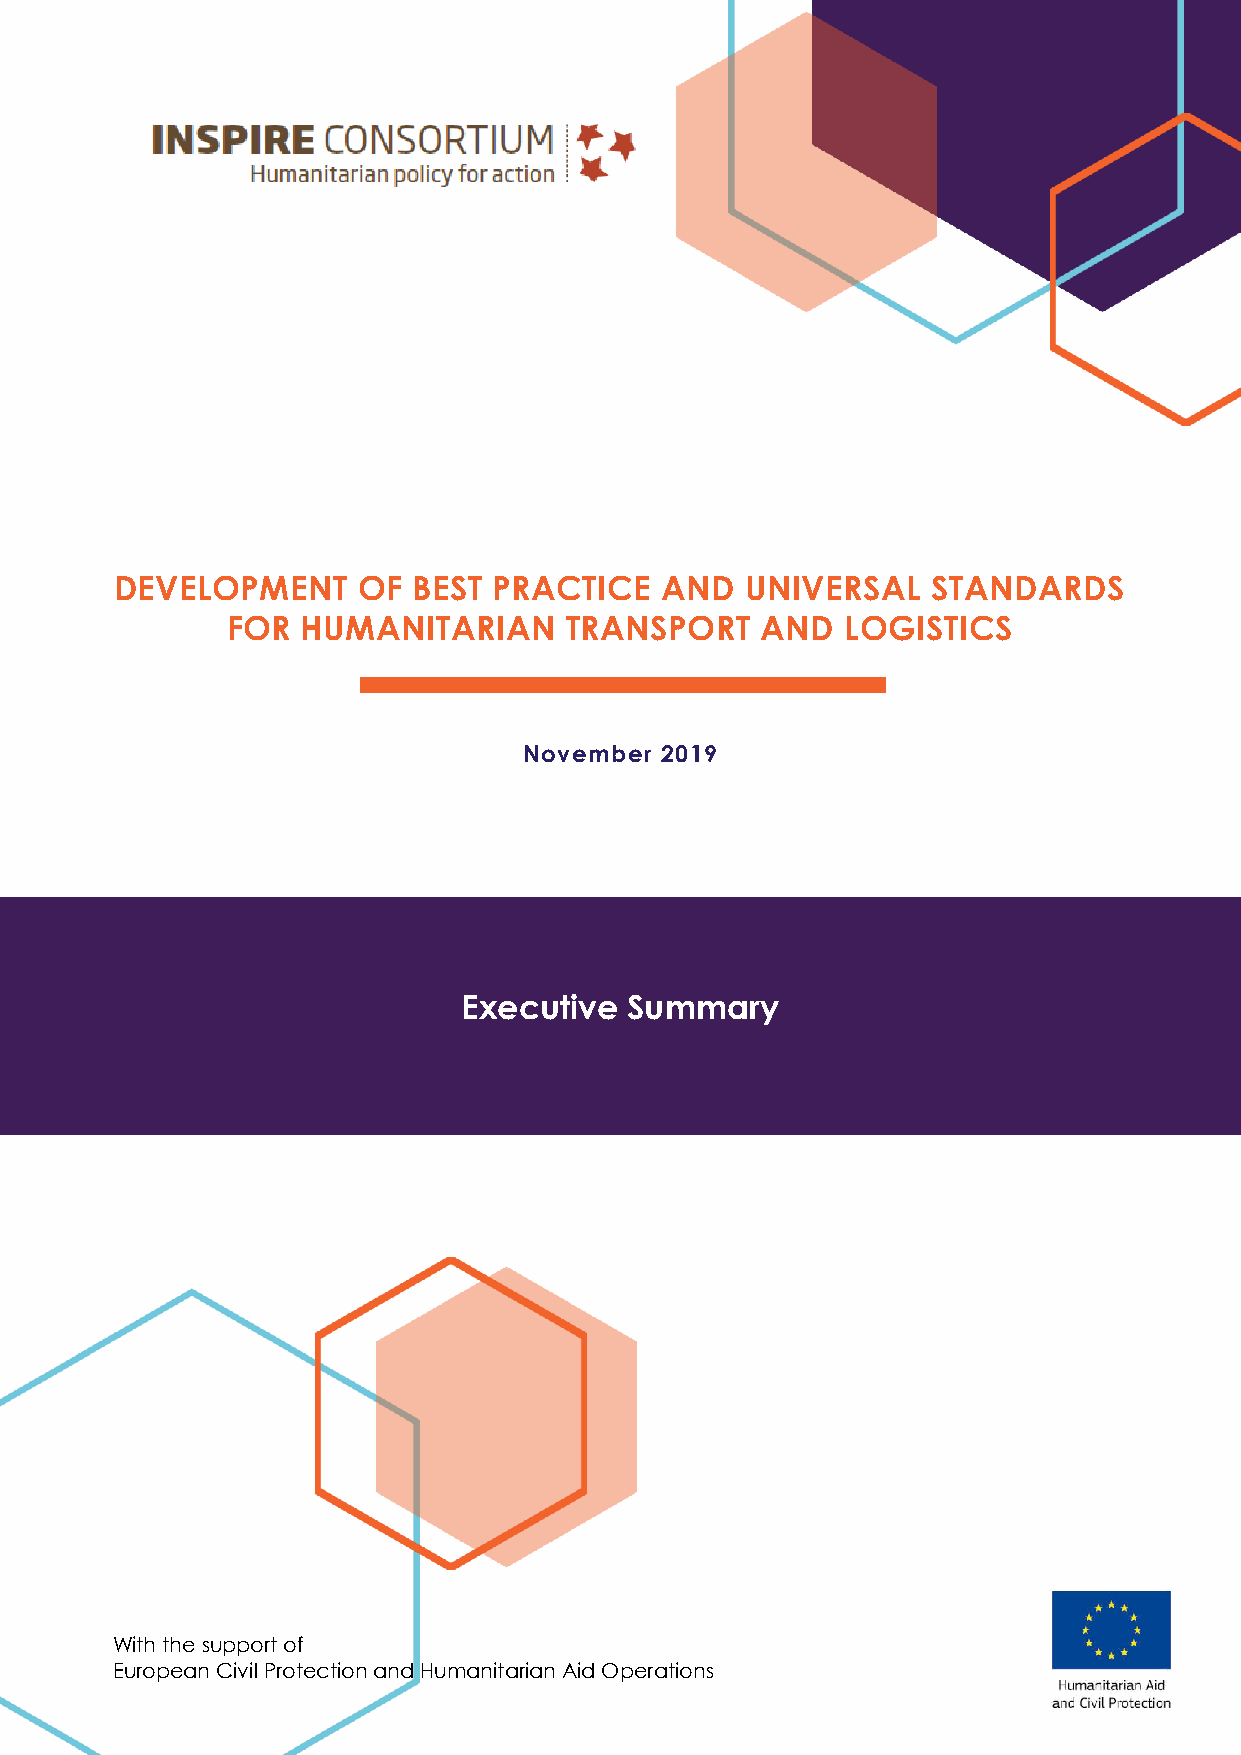
DEVELOPMENT     OF BEST  PRACTICE   AND  UNIVERSAL    STANDARDS
 FOR  HUMANITARIAN     TRANSPORT    AND   LOGISTICS
 November 2019
 Executive  Summary
 With the support of
 European Civil Protection and Humanitarian Aid Operations